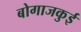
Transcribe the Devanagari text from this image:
बोगाजकुई